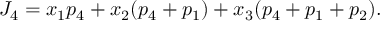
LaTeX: J _ { 4 } = x _ { 1 } p _ { 4 } + x _ { 2 } ( p _ { 4 } + p _ { 1 } ) + x _ { 3 } ( p _ { 4 } + p _ { 1 } + p _ { 2 } ) .